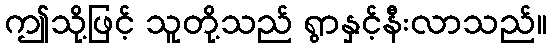
ဤသို့ဖြင့် သူတို့သည် ရွာနှင့်နီးလာသည်။